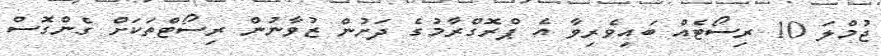
ޖުމްލަ 10 ރިސޯޓެއް ބައިވެރިވާ އެ ޕްރޮގްރާމުގެ ދަށުން ޒުވާނުން ރިސޯޓްތަކަށް ގެންގޮސް